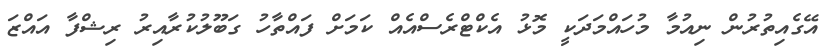
އޭގެއިތުރުން ނިއުމާ މުހައްމަދަކީ މޮޅު އެކްޓްރެސްއެއް ކަމަށް ފައްތާހު ގަބޫލުކުރާއިރު ރިޝްފާ އައްޒަ